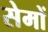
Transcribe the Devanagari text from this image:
सेमों